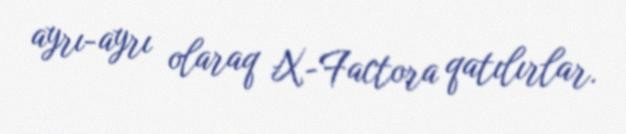
ayrı-ayrı olaraq X-Factora qatılırlar.